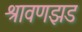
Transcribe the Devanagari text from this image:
श्रावणझड